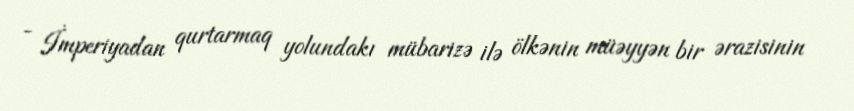
- İmperiyadan qurtarmaq yolundakı mübarizə ilə ölkənin müəyyən bir ərazisinin